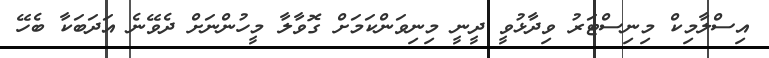
އިސްލާމިކް މިނިސްޓަރު ވިދާޅުވީ ދީނީ މިނިވަންކަމަށް ގޮވާލާ މީހުންނަށް ދެވޭނެ އަދަބަކާ ބެހޭ